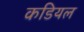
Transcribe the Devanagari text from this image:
कडियल